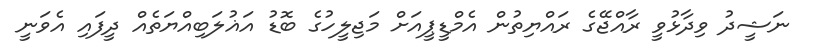
ނަޝީދު ވިދާޅުވީ ރާއްޖޭގެ ރައްޔިތުން އެމްޑީޕީއަށް މަޖިލީހުގެ ބޮޑު އަޣުލަބިއްޔަތެއް ދީފައި އެވަނީ